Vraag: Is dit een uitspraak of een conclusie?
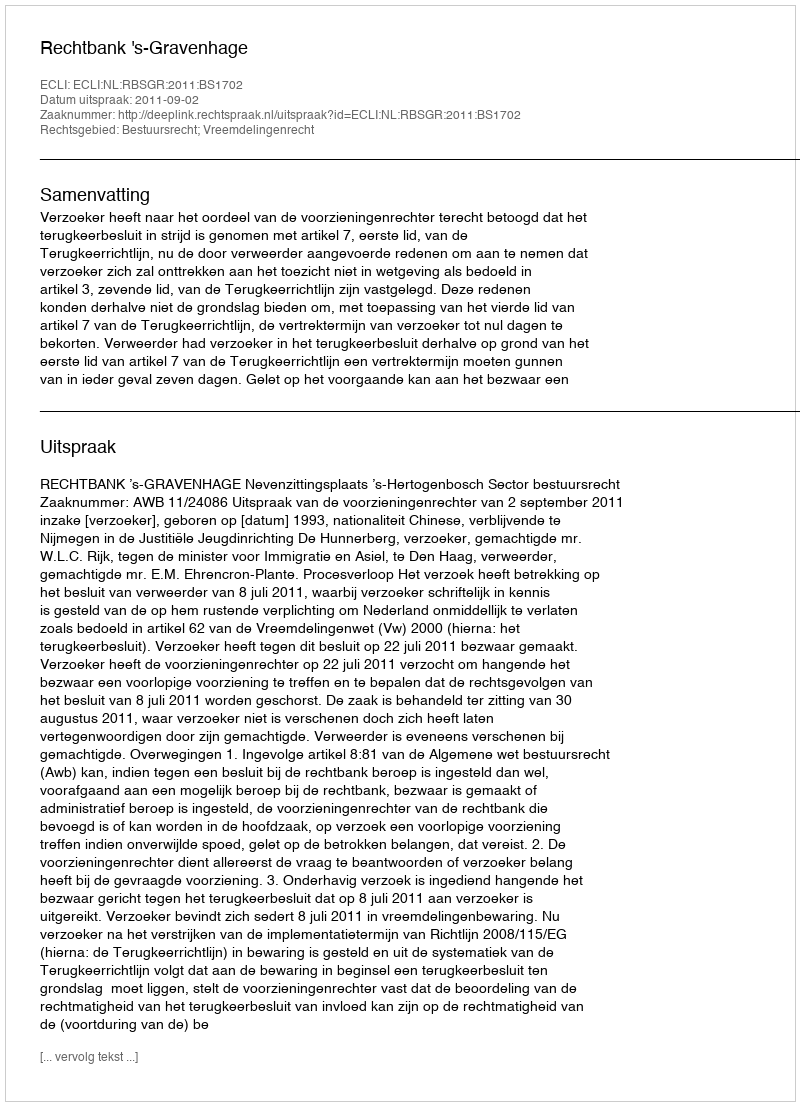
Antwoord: Uitspraak